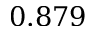
0 . 8 7 9